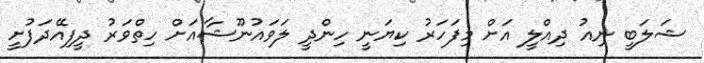
ޝަލަބީ ނިއު ދިއްލީ އަށް މިފަހަރު ކިޔަނީ ހިންދީ ލަވައުނޫޝާއަށް ހިތްވަރު ދީފިއޭދަފުށީ